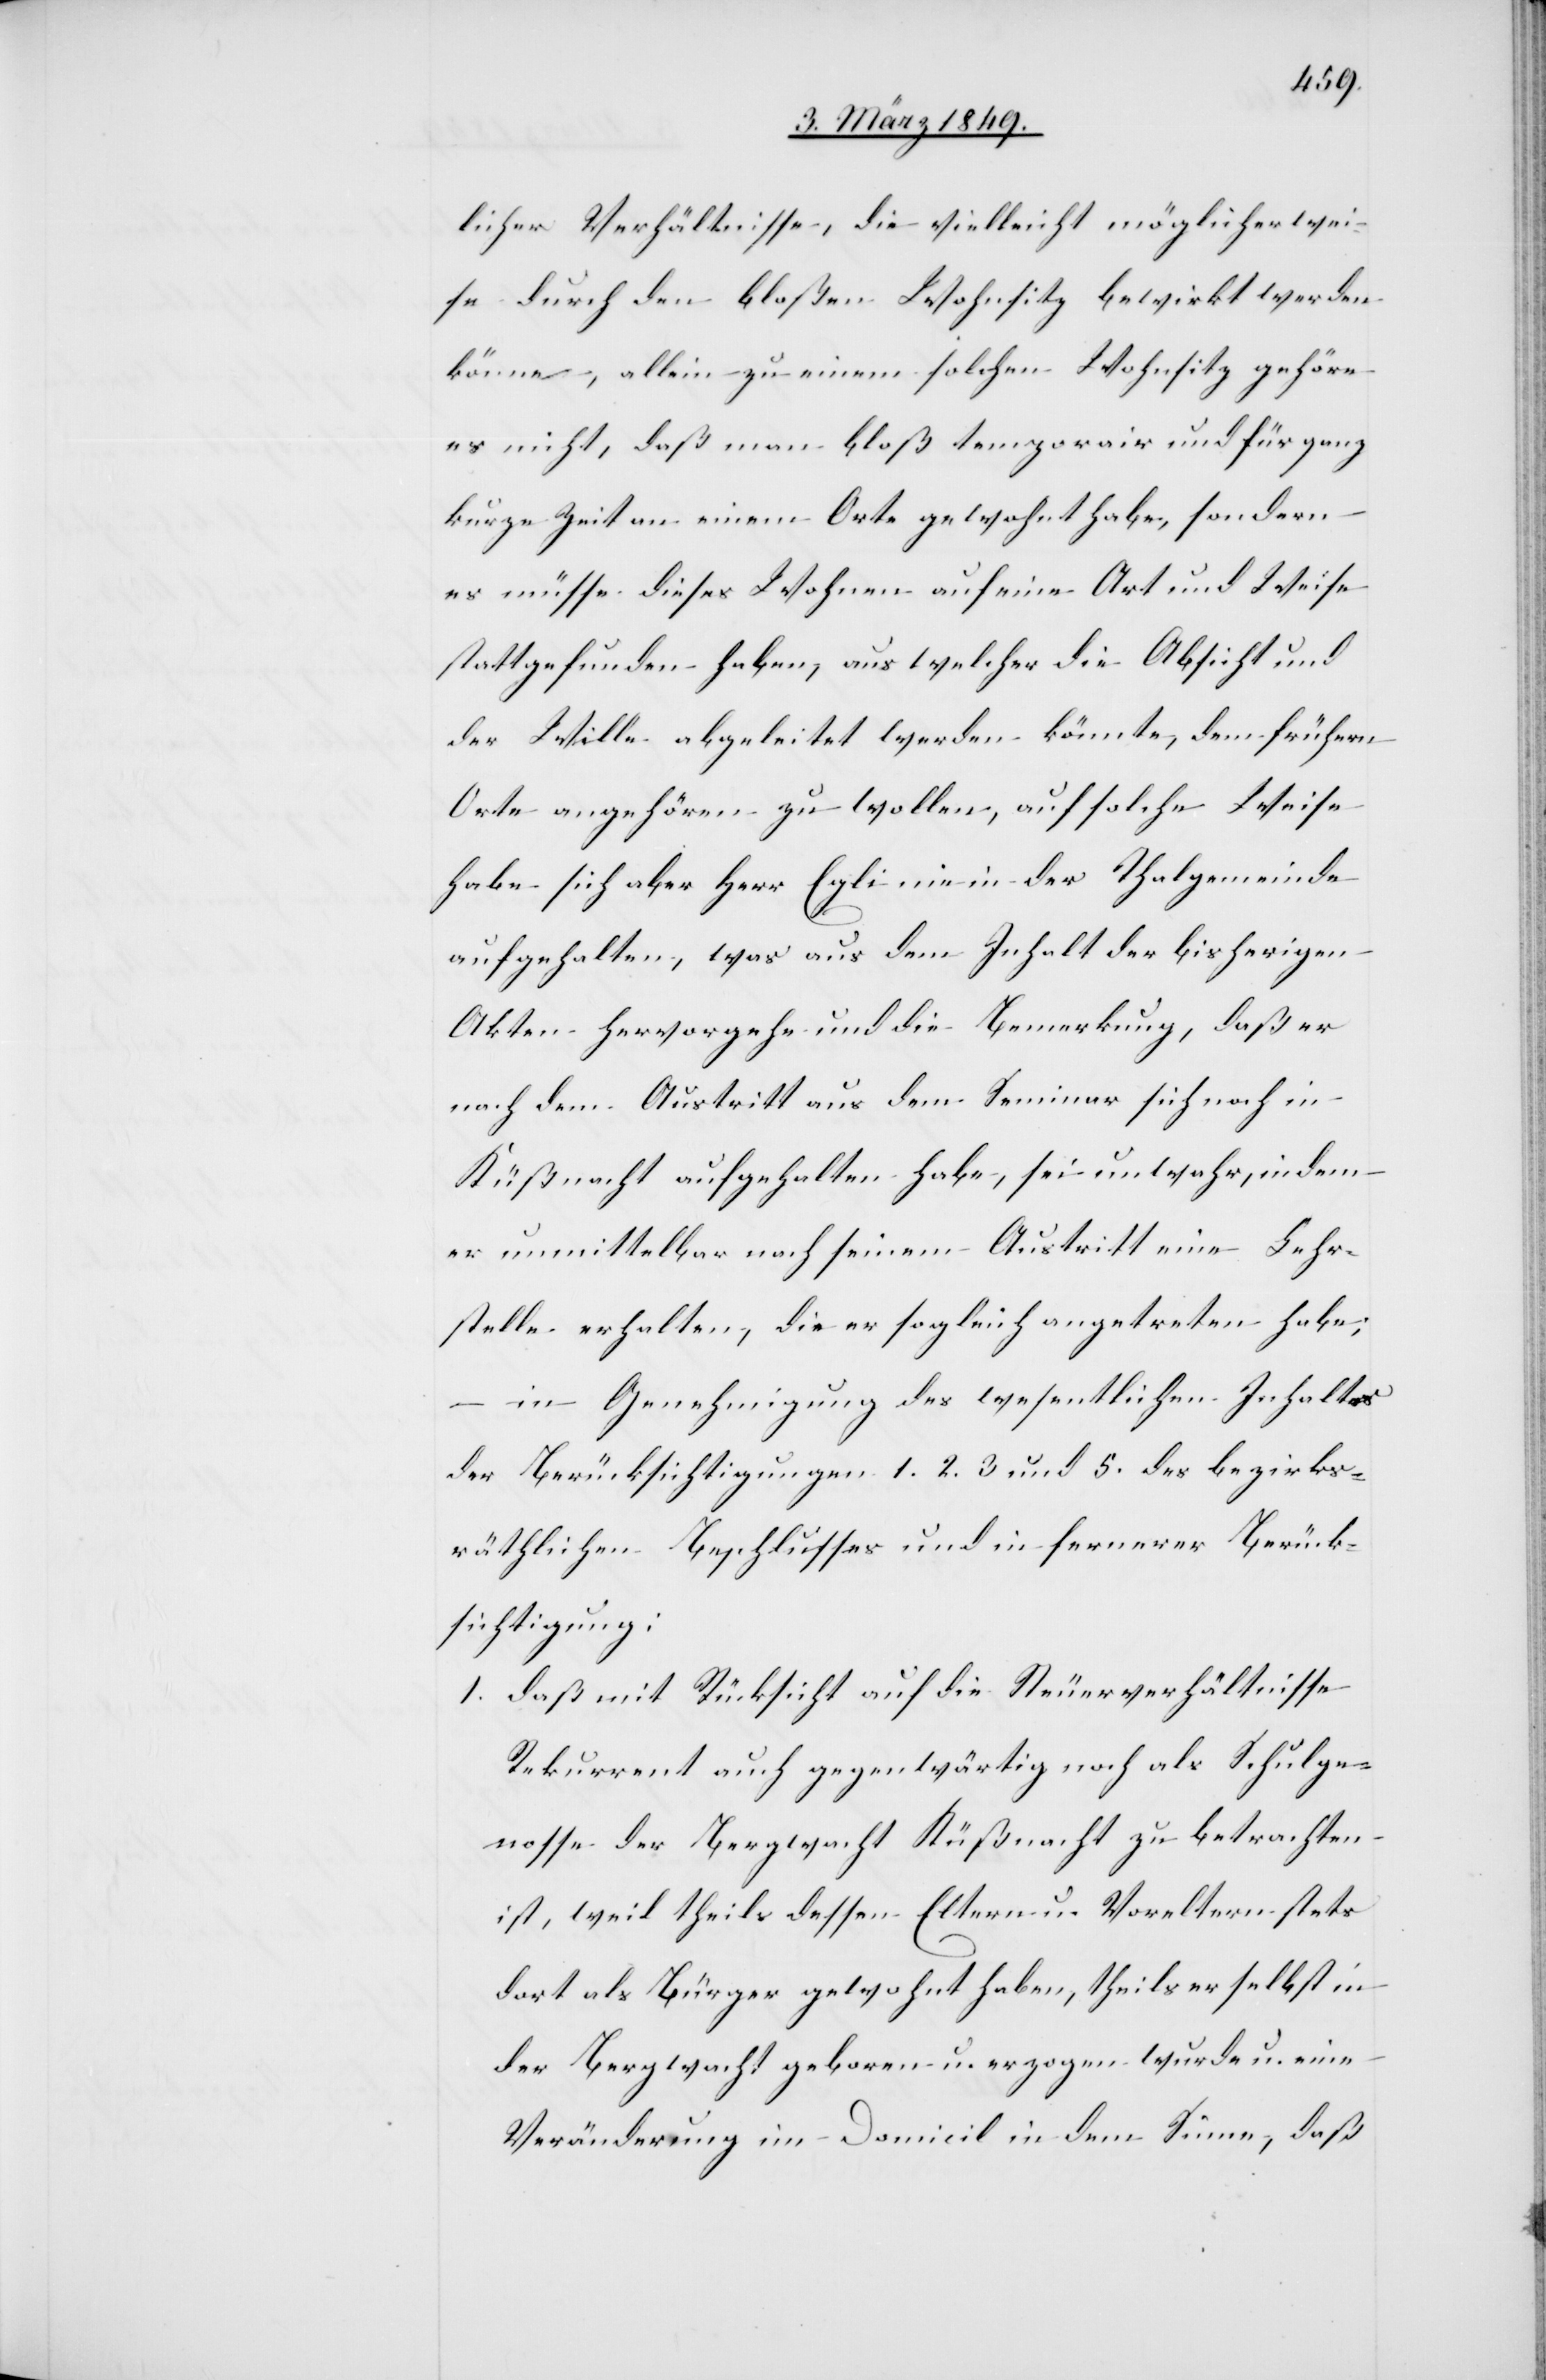
licher Verhältnisse, die vielleicht möglicherwei¬
se durch den bloßen Wohnsitz bewirkt werden
könne, allein zu einem solchen Wohnsitz gehöre
es nicht, daß man bloß temporair und für ganz
kurze Zeit an einem Orte gewohnt habe, sondern
es müsse dieses Wohnen auf eine Art und Weise
stattgefunden haben, aus welcher die Absicht und
der Wille abgeleitet werden könnte, dem frühern
Orte angehören zu wollen, auf solche Weise
habe sich aber Herr Egli nie in der Thalgemeinde
aufgehalten, was aus dem Inhalt der bisherigen
Akten hervorgehe und die Bemerkung, daß er
nach dem Austritt aus dem Seminar sich noch in
Küßnacht aufgehalten habe, sei unwahr, indem
er unmittelbar nach seinem Austritt eine Lehr¬
stelle erhalten, die er sogleich angetreten habe;
in Genehmigung des wesentlichen Inhaltes
der Berücksichtigungen 1. 2. 3 und 5. des bezirks¬
räthlichen Beschlusses und in fernerer Berück¬
sichtigung:
1. daß mit Rücksicht auf die Steuerverhältnisse
Rekurrent auch gegenwärtig noch als Schulge¬
nosse der Bergwacht Küßnacht zu betrachten
ist, weil theils dessen Eltern und Voreltern stets
dort als Bürger gewohnt haben, theils er selbst in
der Bergwacht geboren u. erzogen wurde u. eine
Veränderung im Domicil in dem Sinne, daß